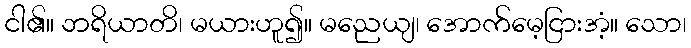
ငါ၏။ ဘရိယာတိ၊ မယားဟူ၍။ မညေယျ၊ အောက်မေ့ငြားအံ့။ သော၊